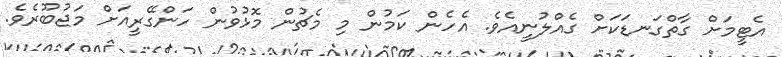
އެޓީމަށް ގާތްގަނޑަކަށް ގެއްލުނީއެވެ. އެހެން ކަމުން މި މެޗުން މޮޅުވުން ހަންގޭރީއަށް މަޖުބޫރެވެ.